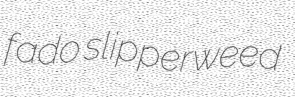
fado slipperweed